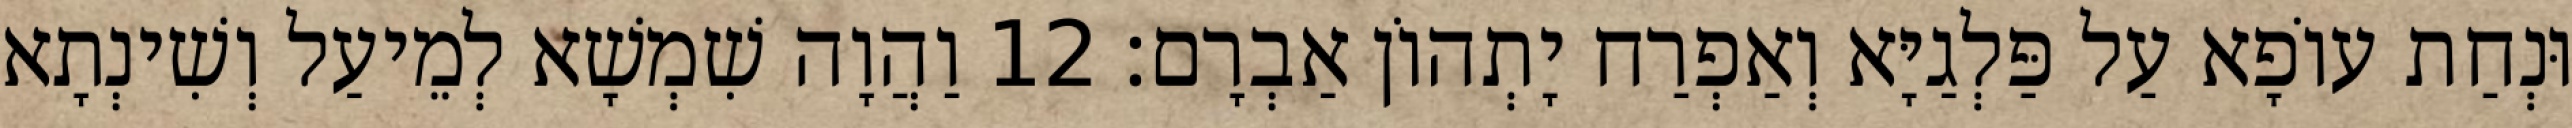
וּנְחַת עוֹפָא עַל פַּלְגַיָּא וְאַפְרַח יָתְהוֹן אַבְרָם׃ 12 וַהֲוָה שִׁמְשָׁא לְמֵיעַל וְשִׁינְתָא